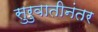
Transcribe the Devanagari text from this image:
सुरुवातीनंतर